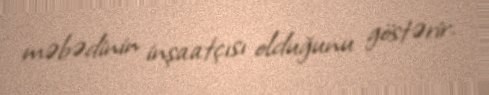
məbədinin inşaatçısı olduğunu göstərir.